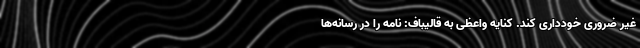
غیر ضروری خودداری کند. کنایه واعظی به قالیباف: نامه را در رسانه‌ها